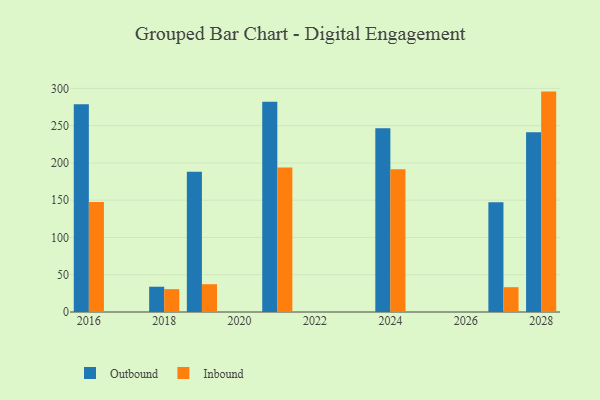
{"axis": {"x": "Year", "y": "Customer Acquisition Cost (USD)"}, "legend": ["Inbound", "Outbound"], "data": [{"x": "2016", "y": 278.6, "type": "Outbound"}, {"x": "2016", "y": 147.6, "type": "Inbound"}, {"x": "2027", "y": 147.2, "type": "Outbound"}, {"x": "2027", "y": 33.3, "type": "Inbound"}, {"x": "2018", "y": 33.9, "type": "Outbound"}, {"x": "2018", "y": 30.7, "type": "Inbound"}, {"x": "2021", "y": 282.0, "type": "Outbound"}, {"x": "2021", "y": 193.8, "type": "Inbound"}, {"x": "2019", "y": 188.3, "type": "Outbound"}, {"x": "2019", "y": 37.3, "type": "Inbound"}, {"x": "2028", "y": 241.2, "type": "Outbound"}, {"x": "2028", "y": 295.7, "type": "Inbound"}, {"x": "2024", "y": 246.5, "type": "Outbound"}, {"x": "2024", "y": 191.6, "type": "Inbound"}]}